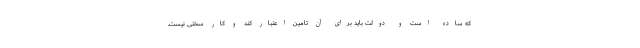
که ساده است و دولت باید برای آن تامین اعتبار کند و کار سختی نیست.